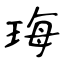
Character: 珻